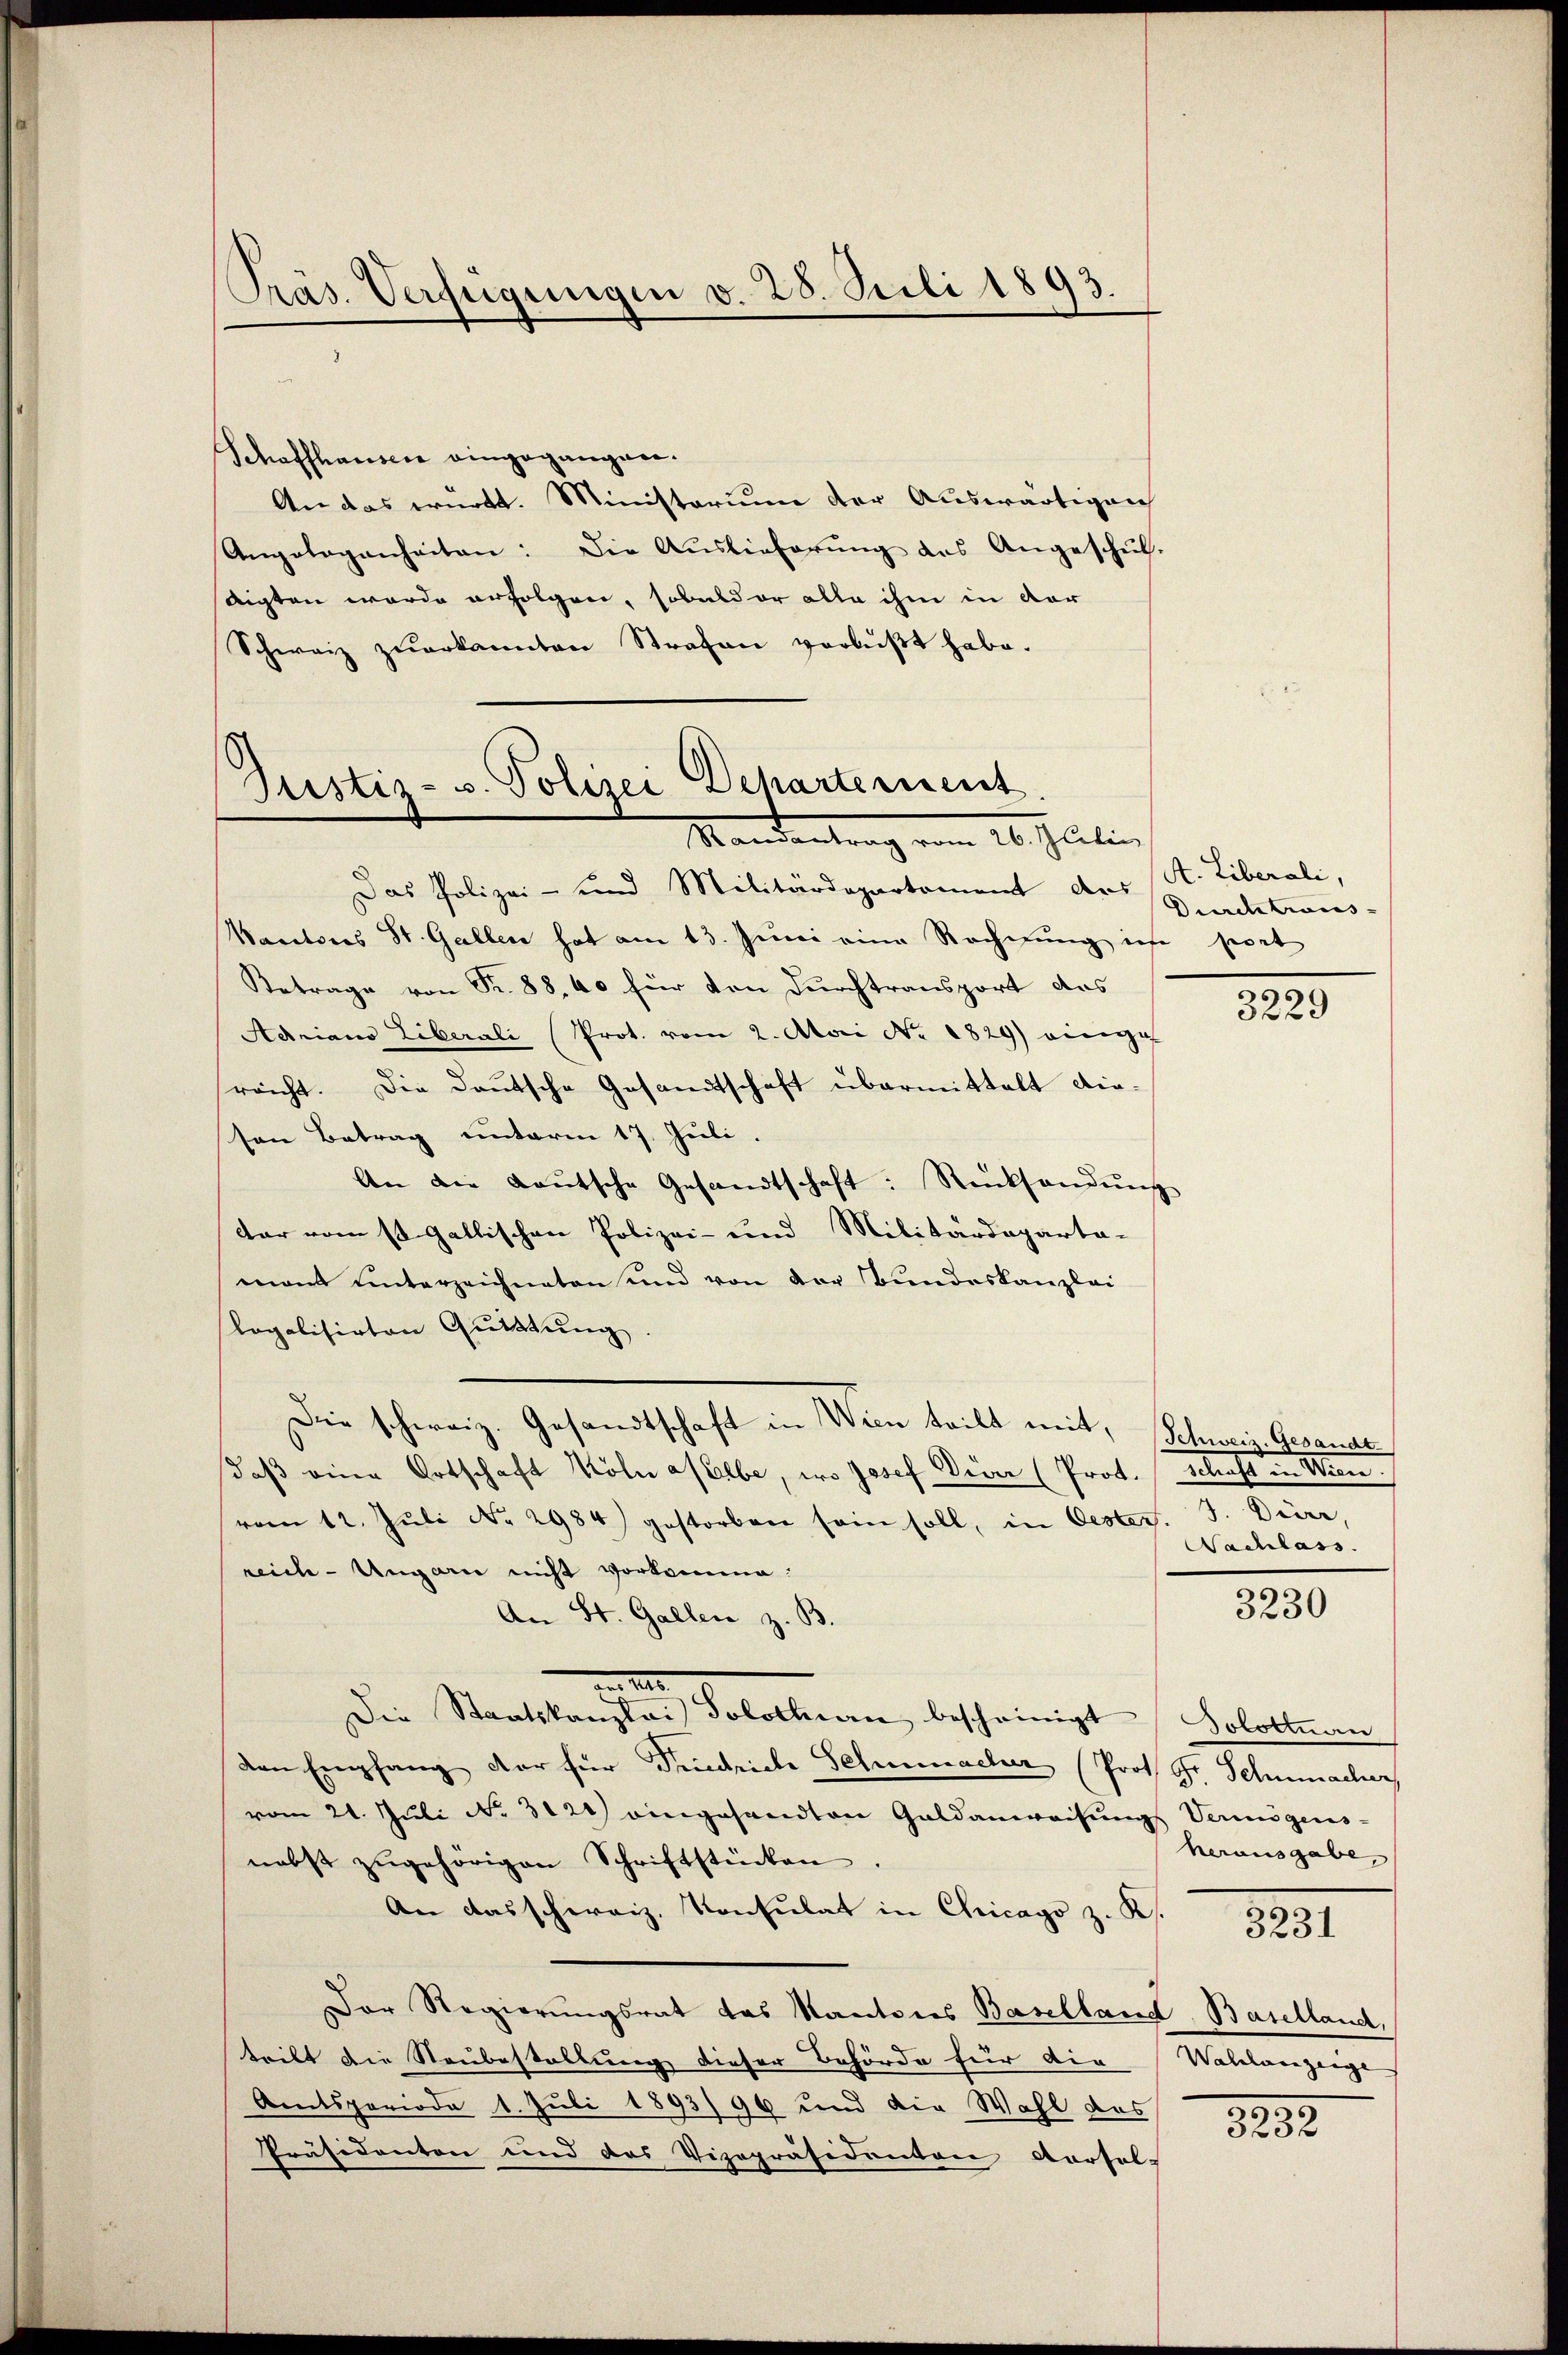
Präs. Verfügungen v. 28. Juli 1893.
d

Schaffhausen eingegangen.
An das württ. Ministorium der Auswärtigen
Angelegenheiten: Die Aŭslieferŭng des Angeschŭl-
digten wurde erfolgen, sobald er alle ihm in der
Schweiz zŭerkannten Strafen verlŭβt habe.
Das Polizei- und Militärdepartement des
Wautores St. Gallen hat am 13. Juni eine Rechnung ich seit
Betrage von Fr. 88, 40 für den Durchtransport aus
Adriano Liberali (Prot. vom 2. Aari No. 1829) einige
srecht. Die Deutsche Gesandtschaft übermittelt dieton Betrag unterm 17. Juli.
An die Lautsche Gesandtschaft: Rücksendung
dar vom 14. Gallischen Polizei- und Militärdeparta-
mont unterzeichneten und von der Bundeskanzlei
legalisirten Quittung.
Die schweiz. Gesandtschaft in Wien teilt mit, Schweiz. Gesandt
daβ eine Ortschaft Kölnaselbe, wo Josef Diver (Prot. Schaft in Wien.
vom 12. Juli No 2984) gestorben sein soll, in Oester. J. Dürr,
reich-Ungarn nicht vorkomme:
An St. Gallen z. B
10
Die Staatskanzlei Solothurn bescheinigt (Solottnau
den Empfang der für Friedriche Gemacher (Prof. Gr. Schumacher
vom 21. Juli No 3121) eingesandten Geldanweisungs Vermögens-
nebst zŭgehörigen Schriftstücken.
An das schweiz. Konsulat in Chicago z. K.
Der Regierungsrat das Kantones Baselland Baselland,
tritt die Neubestellung dieser Behörde für die Wahlverzeige
Amtsperiode 1. Juli 1893/ 96 und die Wahl des
Präsidenten und das Vizepräsidenten Vorsol-

Justiz- u. Polizei Dehartement
Mandantrag vom 26. Juli

A. Liberali,
Durch trans-

.
3229

Nachlass.

3230

herausgabe,

821

1232.